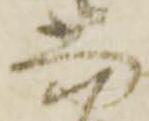
当